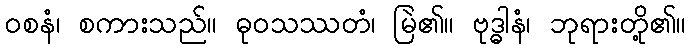
ဝစနံ၊ စကားသည်။ ဓုဝသဿတံ၊ မြဲ၏။ ဗုဒ္ဓါနံ၊ ဘုရားတို့၏။